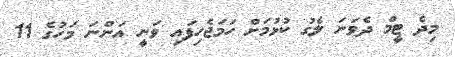
މިދެ ޓީމް ދެވަނަ ލެގު ކުޅުމަށް ހަމަޖެހިފައި ވަނީ އަންނަ މަހުގެ 11